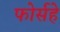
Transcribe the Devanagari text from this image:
फोर्सहे